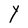
Character: Y